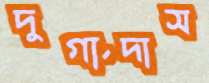
দুর্গাদাস